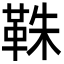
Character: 𩊣